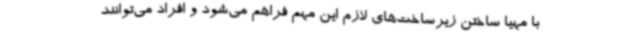
با مهیا ساختن زیرساخت‌های لازم این مهم فراهم می‌شود و افراد می‌توانند